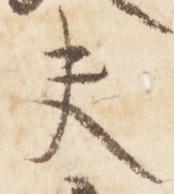
夫